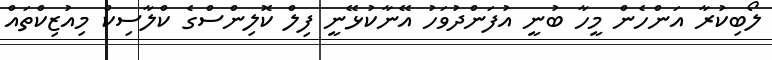
ލޯބިކުރާ އަންހެން މީހާ ބުނީ އުފަންދުވަހު އޭނާކުޅޭނީ ފިލް ކޮލިންސްގެ ކްލާސިކް މިއުޒިކްތައް